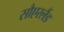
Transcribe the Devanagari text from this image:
सौएरलैंड